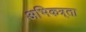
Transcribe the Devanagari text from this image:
अभिकत्र्ता